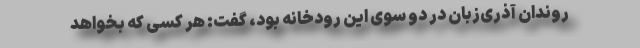
روندان آذری‌زبان در دو سوی این رودخانه بود، گفت: هر کسی که بخواهد